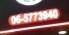
06-57739-40